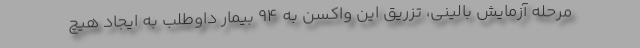
مرحله آزمایش بالینی، تزریق این واکسن به ۹۴ بیمار داوطلب به ایجاد هیچ